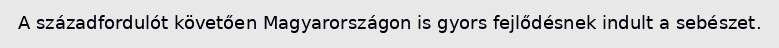
A századfordulót követően Magyarországon is gyors fejlődésnek indult a sebészet.